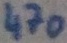
Text: 470